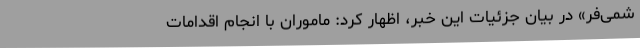
شمی‌فر» در بیان جزئیات این خبر، اظهار کرد: ماموران با انجام اقدامات